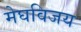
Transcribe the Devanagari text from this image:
मेघविजय